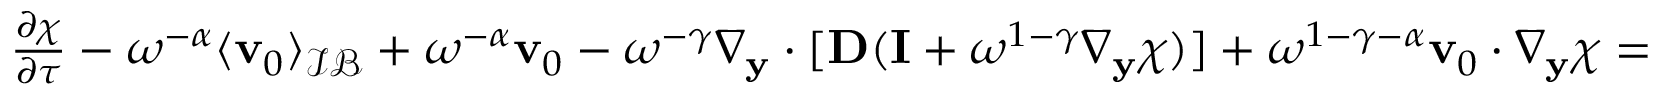
\begin{array} { r } { \frac { \partial \boldsymbol \chi } { \partial \tau } - \omega ^ { - \alpha } \langle \mathbf v _ { 0 } \rangle _ { \mathcal { I B } } + \omega ^ { - \alpha } \mathbf v _ { 0 } - \omega ^ { - \gamma } \nabla _ { \mathbf y } \cdot [ \mathbf D ( \mathbf I + \omega ^ { 1 - \gamma } \nabla _ { \mathbf y } \boldsymbol \chi ) ] + \omega ^ { 1 - \gamma - \alpha } \mathbf v _ { 0 } \cdot \nabla _ { \mathbf y } \boldsymbol \chi = 0 , } \end{array}